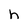
Character: h